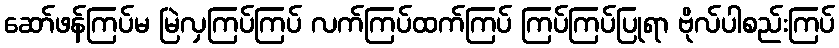
ဆော်ဖန်ကြပ်မ မြဲလှကြပ်ကြပ် လက်ကြပ်ထက်ကြပ် ကြပ်ကြပ်ပြုရာ ဗိုလ်ပါစည်းကြပ်